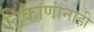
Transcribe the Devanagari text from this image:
ठिकाणांनाही